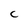
Character: C